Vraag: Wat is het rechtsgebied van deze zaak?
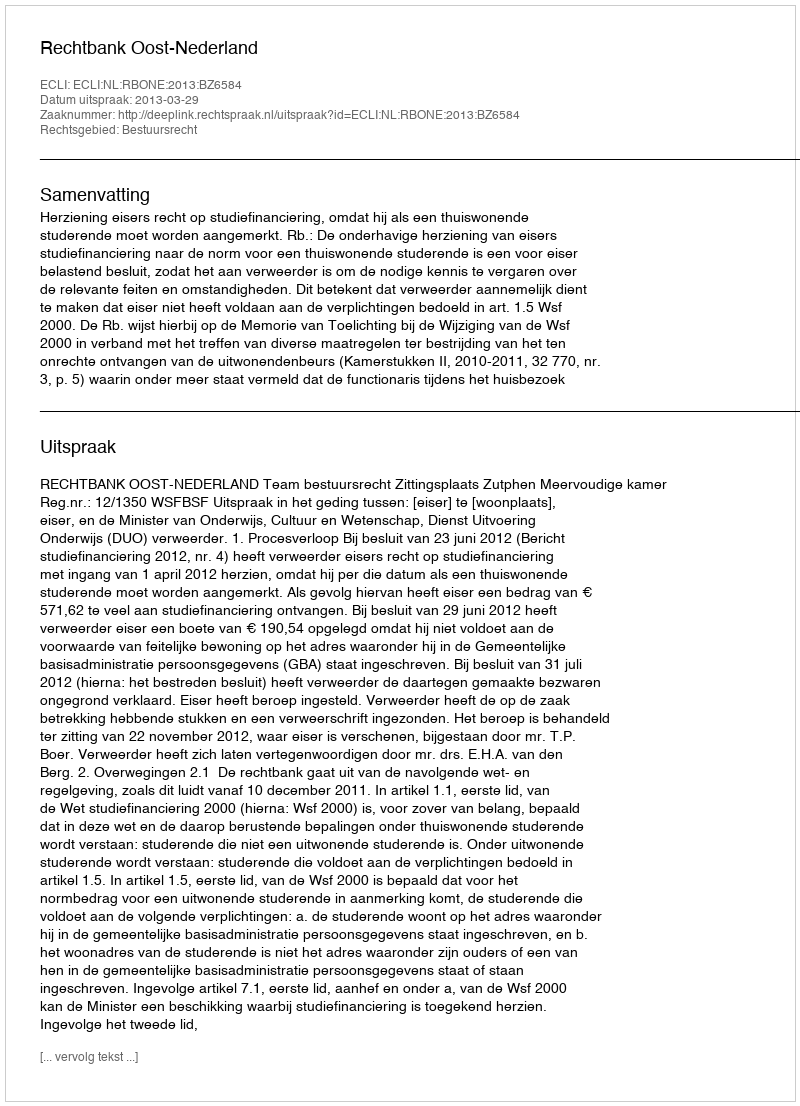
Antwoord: Bestuursrecht